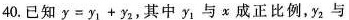
40.已知$$y=y_{1}+y_{2}$$，其中y_{1}与x成正比例，y_{2}与